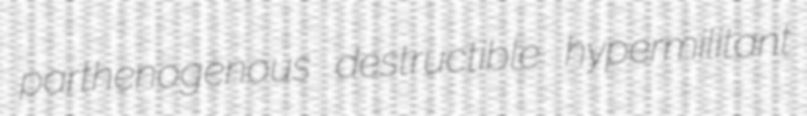
parthenogenous destructible hypermilitant